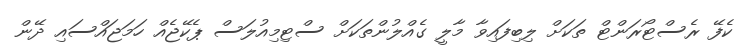
ކެފޭ ރެސްޓޯރަންޓް ތަކަށް ލިބިފައިވާ މާލީ ގެއްލުންތަކަށް ސްޓިމިއުލަސް ޕެކޭޖެއް ހަމަޖައްސައި ދޭން